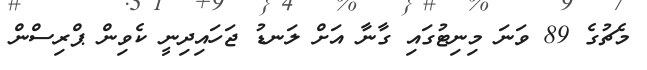
މެޗުގެ 89 ވަނަ މިނިޓުގައި ގާނާ އަށް ލަނޑު ޖަހައިދިނީ ކެވިން ޕްރިސްން